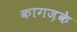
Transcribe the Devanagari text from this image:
कागज़के